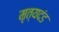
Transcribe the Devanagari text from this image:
मृत्यदंड